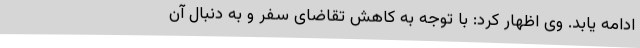
ادامه یابد. وی اظهار کرد: با توجه به کاهش تقاضای سفر و به دنبال آن